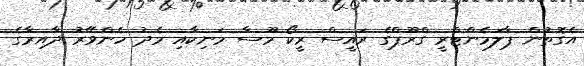
އެގޮތުން ޕާލަމެންޓްރީ ގްރޫޕްގެ ރައީސް ރީކޯ މޫސާ މަނިކާއި މެދު ހެންވޭރު ދާއިރާގެ